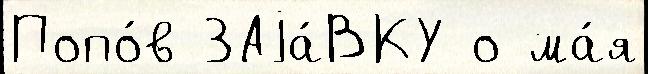
Попо́в ЗАjа́ВКУ о ма́я